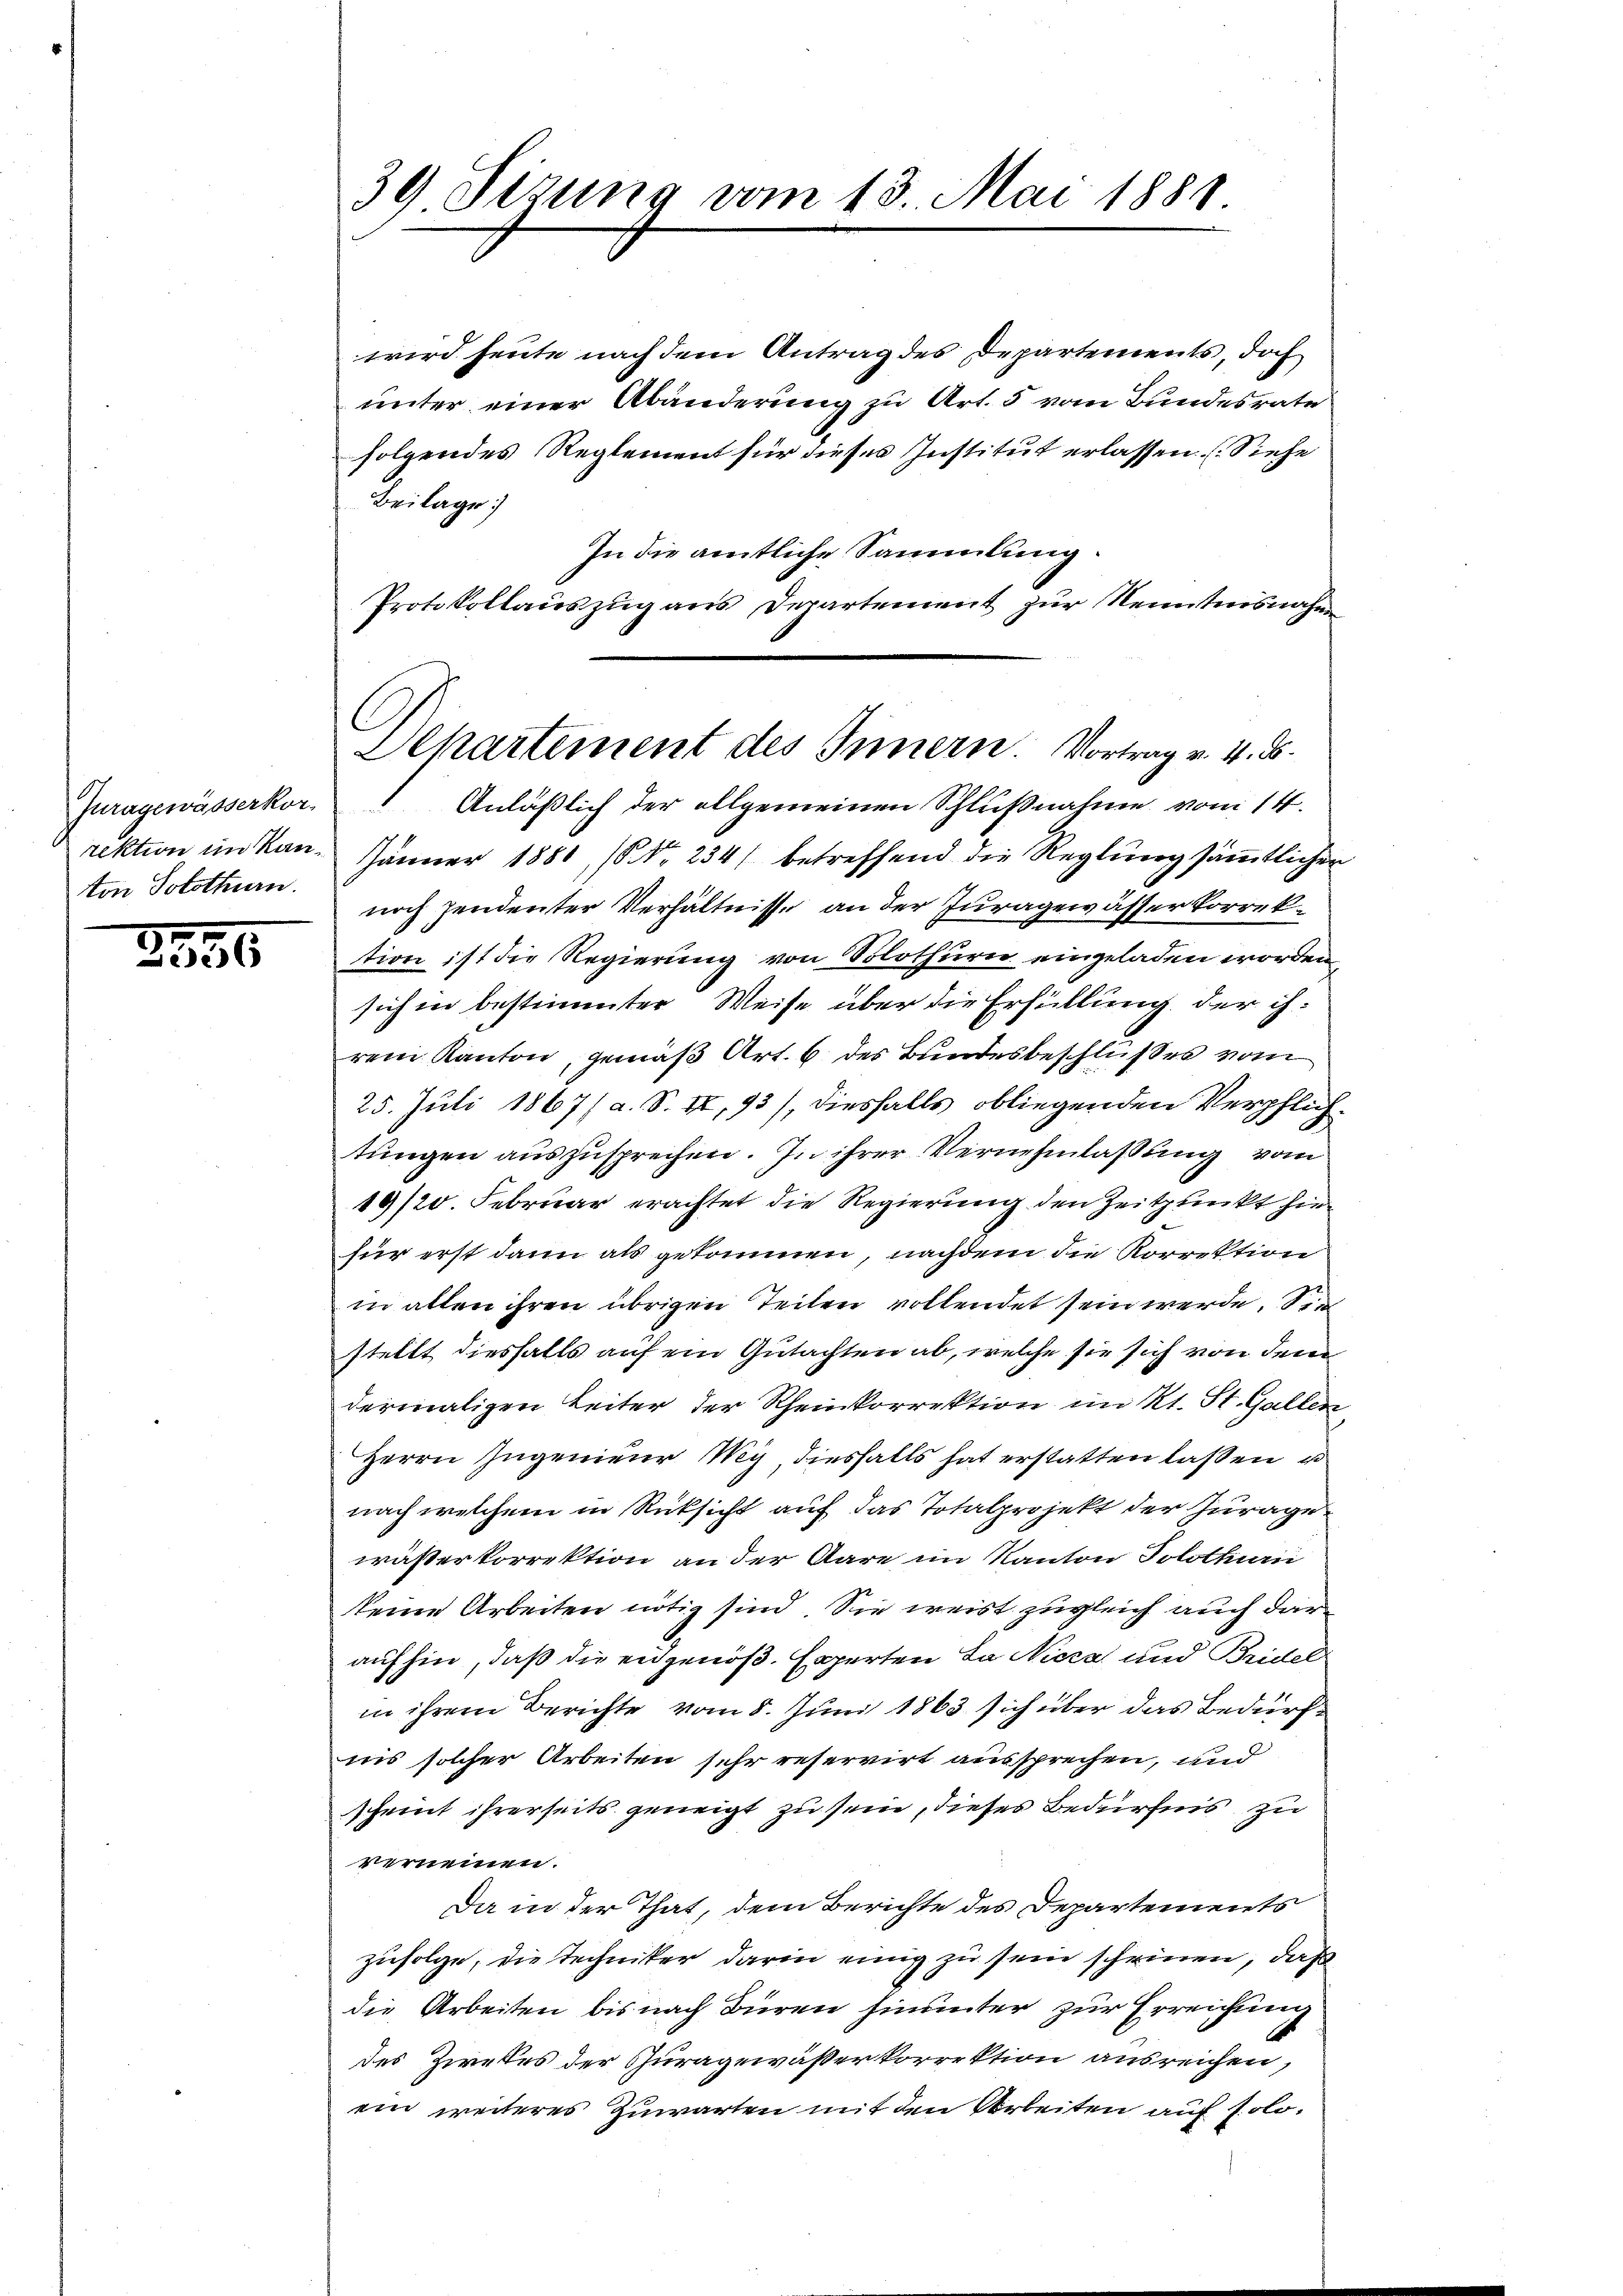
Juragewässerkor-
rektion im Kanton Solothurn.

2895

39 Sizung vom 13. Mai 1881

wird heute nach dem Antrag des Departements, doch
unter einer Abänderung zu Art. 5 vom Bundesrate
folgendes Reglement für dieses Institut erlassen. (Siehe
Beilage:
In die amtliche Sammlung.
Protokollauszug aus Departement zur Kenntnisnahme
Anläßlich der allgemeinen Schlußnahme vom 14.
Jänner 1881, No 234/ betreffend die Reglung sämmtlicher
noch pendenter Verhältnisse an der Juragewässer korrektion ist die Regierung von Solothurn eingeladen worden,
sich in bestimmter Weise über die Erfüllung der ihrem Kanton, gemäß Art. 6 des Bundesbeschlußes vom
25. Juli 1867/ a. S. II, 93), diesfalls obliegenden Verpflichtungen auszusprechen. In ihrer Vernehmlassung vom
19/20. Februar erachtet die Regierung den Zeitpunkt hie
für erst dann als gekommen, nachdem die Korrektion
in allen ihren übrigen Teilen vollendet sein werde. Sie
stellt diesfalls auf ein Gutachten ab, welche sie sich von dem
dermaligen Leiter der Scheinkorrektion im Kt. St. Gallen
Herrn Ingenieur Weg, diesfalls hat erstatten laßen, u
nach welchem in Rücksicht auf das Totalprojekt der Zurage
wästerkorrektion an der Aare im Kanton Solothurn
keine Arbeiten nötig sind. Sie weist zugleich auch der
aufhin, daß die eidgenöß. Experten Ja Nicza und Bridel
in ihrem Berichte vom 8. Juni 1863 sich über das Bedürfiis solcher Arbeiten sehr reservirt aussprechen, und
scheint ihrerseits geneigt zu sein, dieses Bedürfnis zu
emeinen.
Da in der That, dem Berichte des Departements
zufolge, die Techniker darin einig zu sein scheinen, daß
die Arbeiten bis nach Büren hinunter zur Erreichung
des Zweckes der Zuragewässerkorrektion ausreichen,
ein weiteres Zuwarten mit den Arbeiten auf solo¬

Departement des Innern. Vortrag v. 4. d.